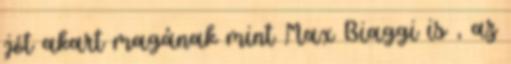
jót akart magának mint Max Biaggi is , az